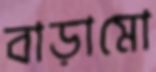
বাড়ামো